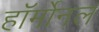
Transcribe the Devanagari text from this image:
हॉर्मोनल